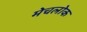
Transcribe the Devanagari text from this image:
मेचलोक